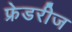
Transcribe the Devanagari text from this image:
फ्रेडरीज